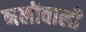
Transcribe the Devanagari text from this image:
नलीवाली